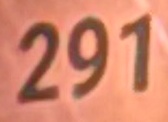
291